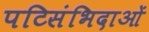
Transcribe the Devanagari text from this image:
पटिसंभिदाओं